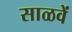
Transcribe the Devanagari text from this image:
साळवें